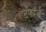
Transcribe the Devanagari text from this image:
हेर्टफाॅर्ड